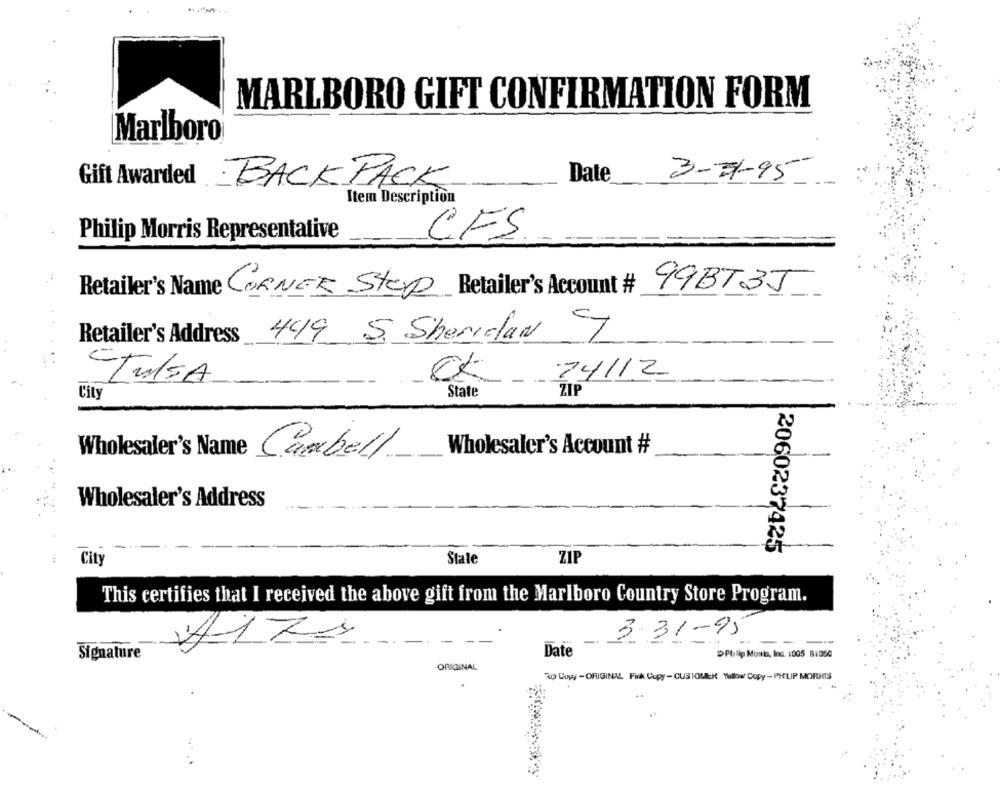
MARLBORO GIFT CONFIRMATION FORM
Marlboro
Gift Awarded
Date
3-3-95-
BACKPACK
Item Description
Philip Morris Representative
CFS.
Retailer's Name CORNEE Step Retailer's Account #
99BT3J
Retailer's Address 449 5 Sheridan T
CK 34/12
TulSA
City
State
ZIP
Wholesaler's Account #
Wholesaler's Name Cambell
Wholesaler's Address
2060237425
City
Stałe
ZIP
This certifies that I received the above gift from the Marlboro Country Store Program.
- 3-31-95
---
Signature
Date
DPlilip Monta, Inc. 1005 81050
ORIGINAL
Fup Cowy -ORIGINAL Pink Cupy - CUSTOMER Yalow Copy - PHILIP MORRIS